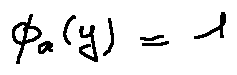
\phi _ { a } ( y ) = 1